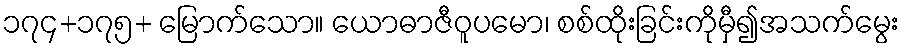
၁၇၄+၁၇၅+ မြောက်သော။ ယောဓာဇီဝူပမော၊ စစ်ထိုးခြင်းကိုမှီ၍အသက်မွေး